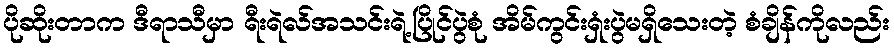
ပိုဆိုးတာက ဒီရာသီမှာ ရီးရဲလ်အသင်းရဲ့ပြိုင်ပွဲစုံ အိမ်ကွင်းရှံးပွဲမရှိသေးတဲ့ စံချိန်ကိုလည်း